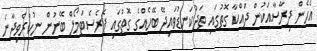
އެހެން ދިރާސާއަކުން ދައްކާ ގޮތުގައި ތަދުކަނޑުވައިދޭ ބޭހެއްގެ ގޮތުގައި ޕެރެސެޓަމޯލް ބޭނުން ނުކުރެވިދާނެ